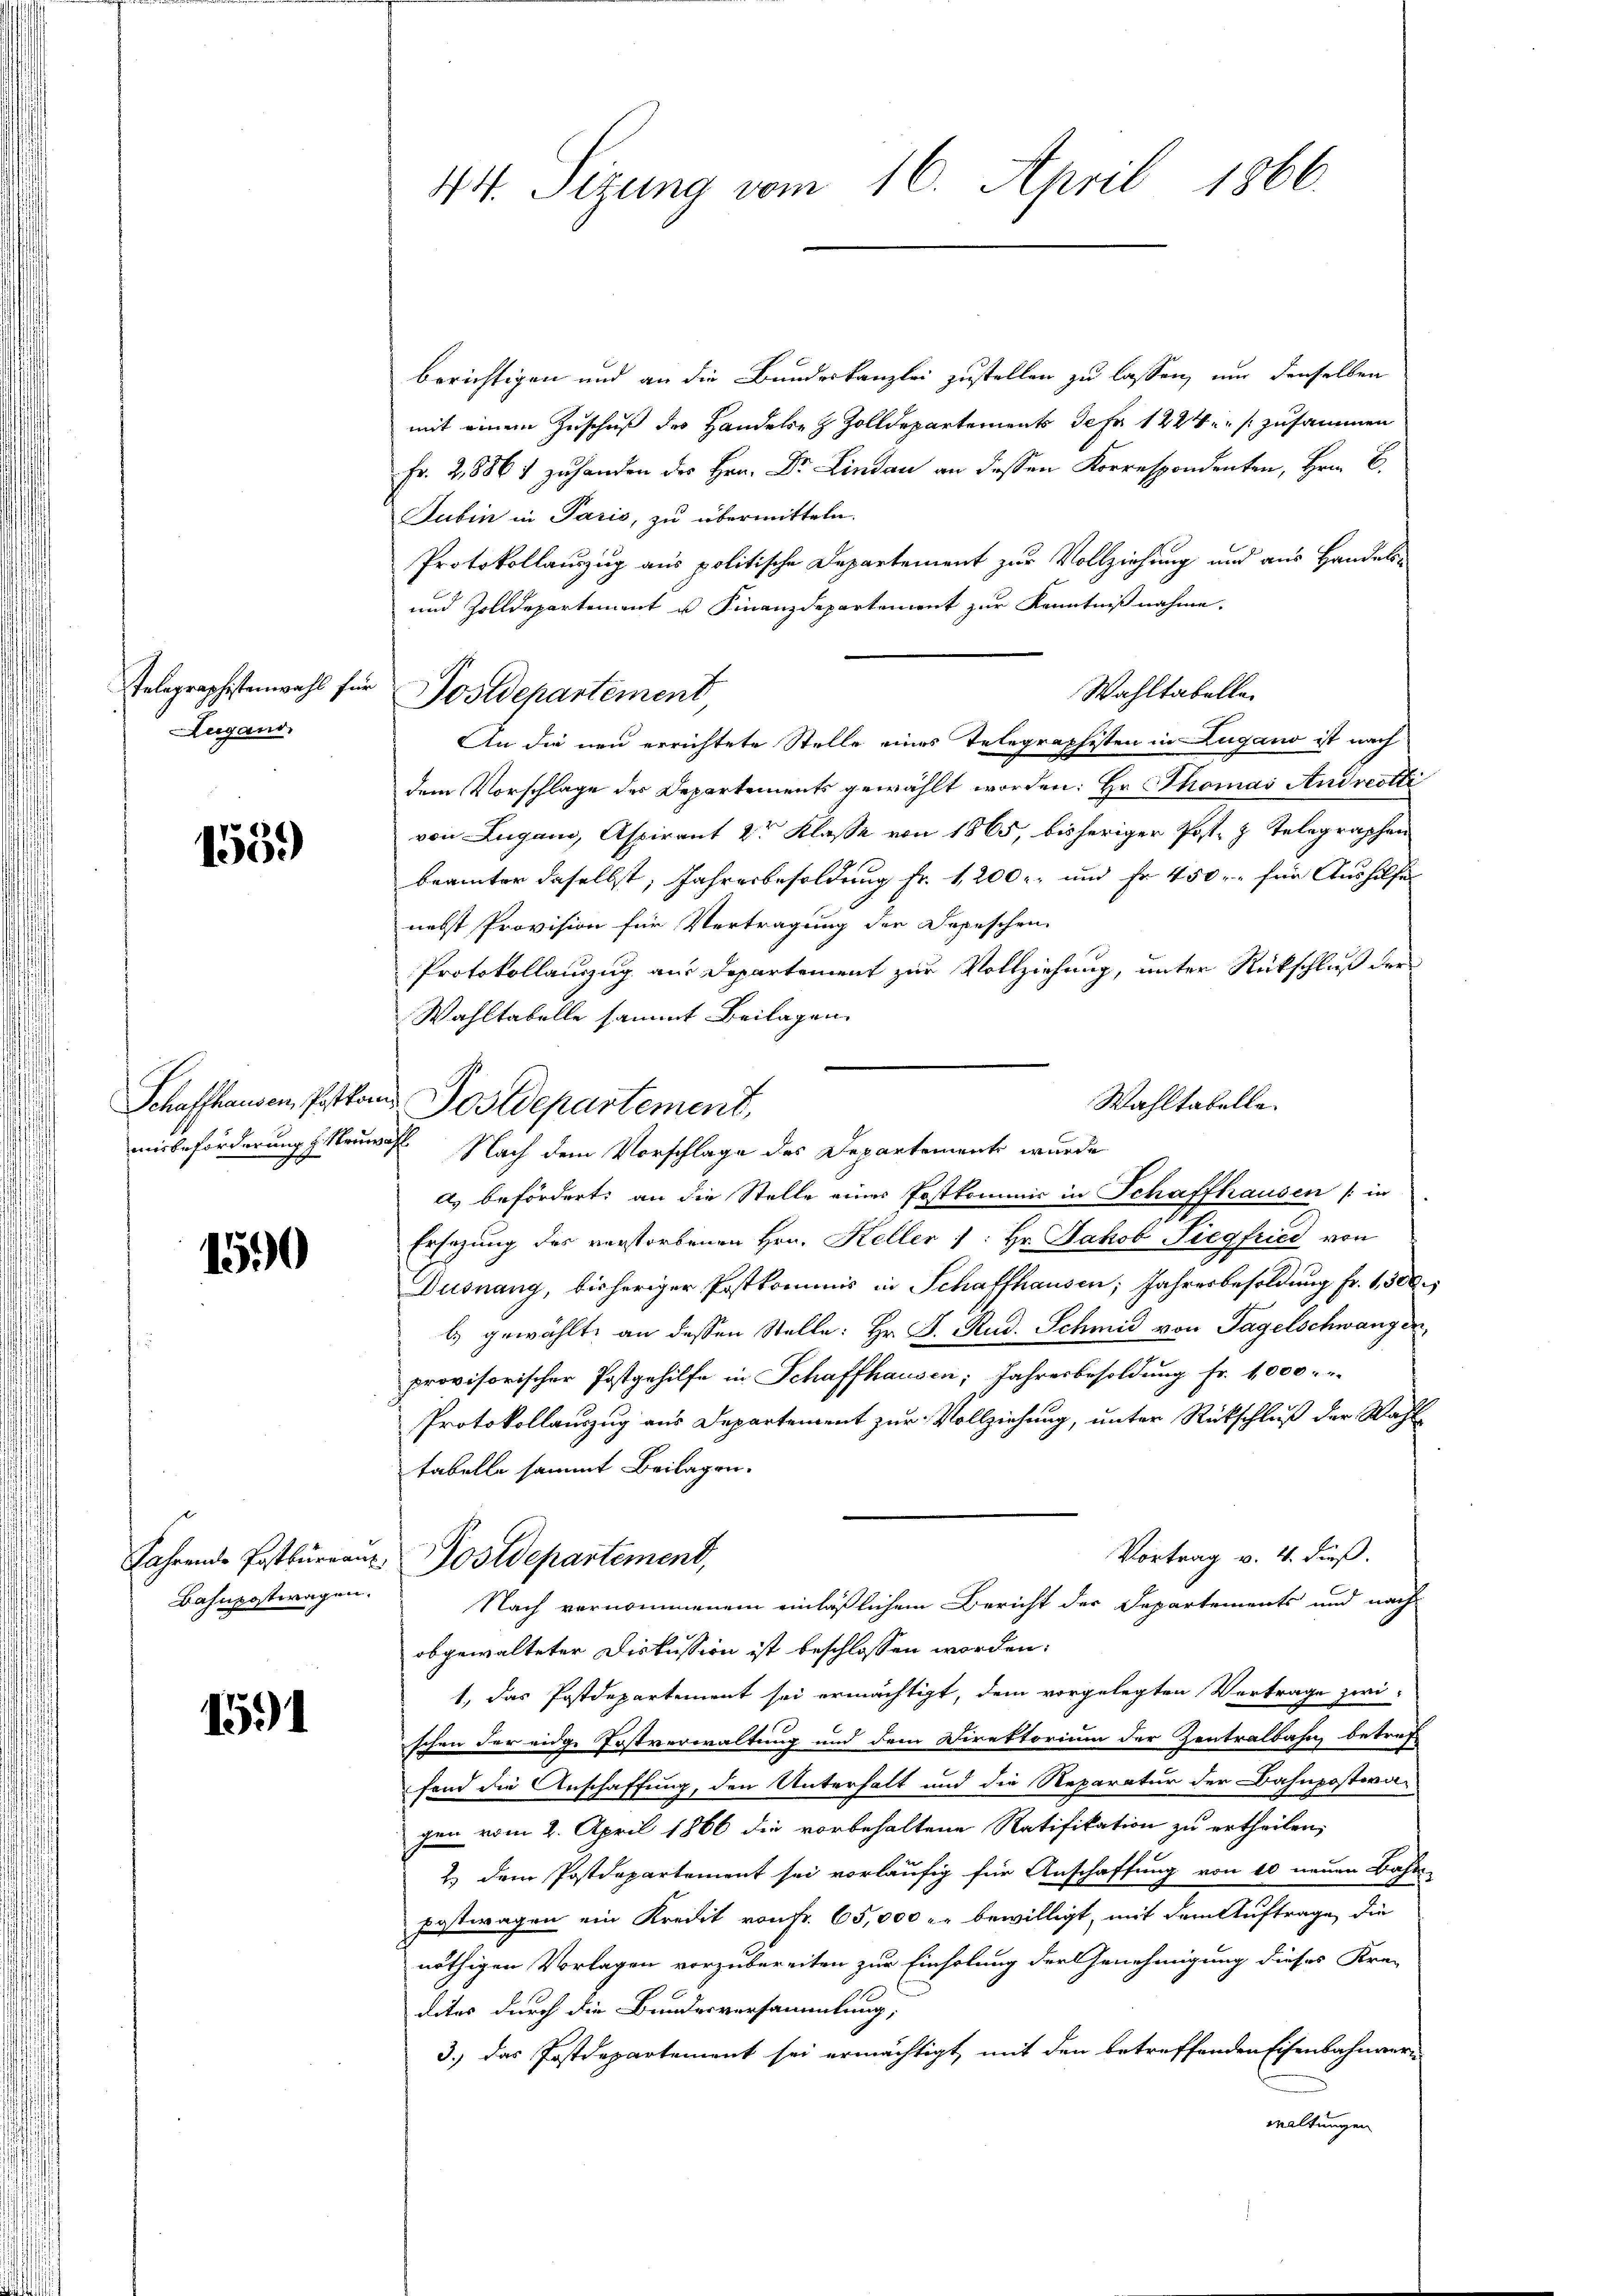
Telegraphistenwahl für
Zugano,

1559

Schaffhausen, Pastor

1500

Bahnpostwagen.

1591

44. Sizung vom 16. April 1866.

berichtigen und an die Bundeskanzlei zustellen zu lassen, um denselben
mit einem Zuschuß des Handelsen Zolldepartements der 1224 s. zusammen
Fr. 2,886 zŭ handen des Hrn. Dr. Lindau an dessen Korrespondenten, Hrn. B.
Subin in Paris, zu übermitteln.
Protokollauszug aus politische Departement zur Vollziehung und aus Handels¬
und Zolldepartement u. Finanzdepartement zur Kenntnißnahme.
Wahltabelle
Postdepartement
An die neu errichtete Stelle eines Telegraphisten in Zugano ist nach
dem Vorschlage der Departements gewählt worden. Er Thomas Andrestli
von Lugano, Aspirant 2r Klasse von 1865, bisheriger Post. z. Telegraphen
brämter daselbst, Jahresbesoldung fr. 1200. und fr 450. für Aushilfe
nebst Provision für Vertragung der Depeschen
Protokollauszug aus Departement zur Vollziehung, unter Rückschluß der
Wahltabelle sammt Beilagen
Wahltabelle
misbeförderung Neuwahl Nach dem Vorschlage des Departement wurde
a) befördert: an die Stelle eines Postkommis in Schaffhausen (in
Ersatzung des verstorbenen Hrn. Keller /: Hr. Jakob Siegfried von
Dusnang, bisheriger Postkommis in Schaffhausen; Jahresbesoldung Fr. 1,300.
ls gewählte an dessen Stelle: Hr. J. Rud. Schmid von Tagelschwangen,
provisorischer Postgehilfe in Schaffhausen; Jahresbesoldung Fr. 1,000.
Protokollauszug aus Departement zur Vollziehung, unter Rückschluß der Wahl
tabelle sammt Beilagen.
Vortrag v. 4. dieß.
Fahrende Postbureaus Postdepartemend,
Nach vernommenem einläßlichem Bericht der Departements und nach-
obgewalteter Diskussion ist beschlossen worden:
1., das Postdepartement sei ermächtigt, dem vorgelegten Vertrage zwi-
schen der eidge Postverwaltung und dem Direktorium der Zentralbahn betref
fond die Anschaffung, den Unterhalt und die Reparatur der Bahnpostwa-
gen vom 2. April 1866 die vorbehaltene Ratifikation zu ertheilen,
2) dem Postdepartement sei vorläufig für Anschaffung von 10 neuen Bahn-
postwagen ein Kredit von fr. 65,000 r. bewilligt, mit dem Auftrage, die
nöthigen Vorlagen vorzubereiten zur Einholung der Genehmigung dieses Krei
dites durch die Bundesversammlung,
3.) Das Postdepartement sei ermächtigt, mit den betreffenden Eisenbahnvern
waltungen

in Postdepartement,